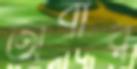
অবীর